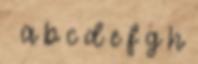
↑ a b c d e f g h